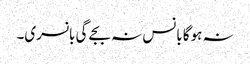
نہ ہوگا بانس نہ بجے گی بانسری۔